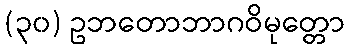
(၃၀) ဥဘတောဘာဂဝိမုတ္တော